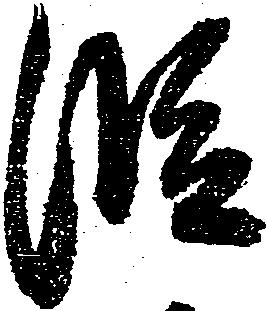
段